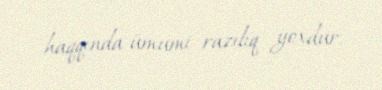
haqqında ümumi razılıq yoxdur.